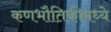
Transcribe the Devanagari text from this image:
कणभौतिकीमध्ये